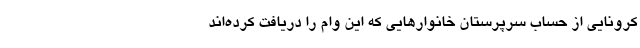
کرونایی از حساب سرپرستان خانوارهایی که این وام را دریافت کرده‌اند